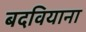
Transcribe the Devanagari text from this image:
बदवियाना